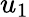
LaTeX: u_{1}